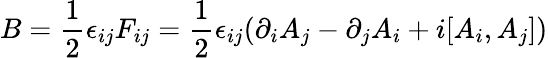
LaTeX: B={\frac{1}{2}}\epsilon_{ij}F_{ij}={\frac{1}{2}}\epsilon_{ij}(\partial_{i}A_{j}-\partial_{j}A_{i}+i[A_{i},A_{j}])